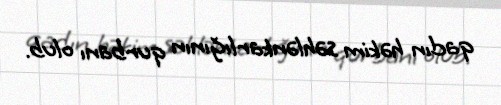
qadın həkim səhlənkarlığının qurbanı olub.